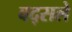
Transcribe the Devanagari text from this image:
बद्सले